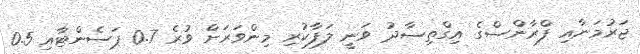
ޖަރުމަނާއި ފްރާންސްގެ އިގްތިސާދު ވަނީ ލަފާކުރި މިންވަރަށް ވުރެ 0.7 ޕަސެންޓާއި 0.5